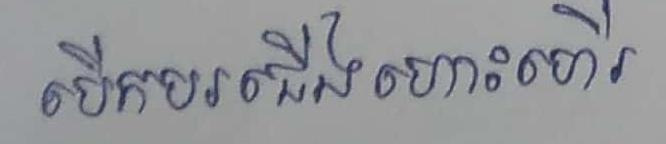
បើកបរចើងហោះហើរ